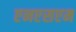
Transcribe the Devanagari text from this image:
एनएसएम